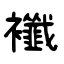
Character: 襳